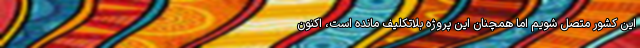
این کشور متصل شویم اما همچنان این پروژه بلاتکلیف مانده است، اکنون